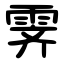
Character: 霁